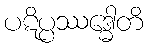
ပဋိပ္ပဿဒ္ဓေါတိ